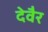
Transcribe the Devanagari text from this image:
देवैर